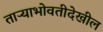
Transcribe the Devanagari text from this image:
ताऱ्याभोवतीदेखील